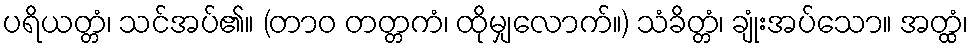
ပရိယတ္တံ၊ သင်အပ်၏။ (တာဝ တတ္တကံ၊ ထိုမျှလောက်။) သံခိတ္တံ၊ ချုံးအပ်သော။ အတ္ထံ၊